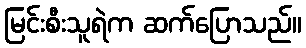
မြင်းစီးသူရဲက ဆက်ပြောသည်။